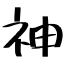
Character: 神